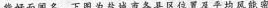
能好而闻名。下图为盐城市各县区位置及平均风能密